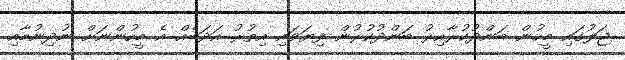
ޖަލުގައި މީހުން ބަންދުކުރާއިރު ބަންދުކުރުން ފިޔަވައި އިތުރު އަދަބެއް އެ މީހުންނަށް ނުދިނުމާއި